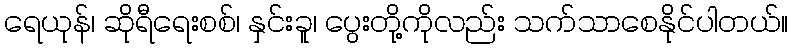
ရေယုန်၊ ဆိုရီရေးစစ်၊ နှင်းခူ၊ ပွေးတို့ကိုလည်း သက်သာစေနိုင်ပါတယ်။